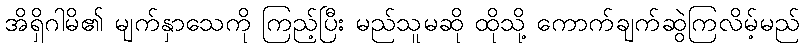
အိရှိဂါမိ၏ မျက်နှာသေကို ကြည့်ပြီး မည်သူမဆို ထိုသို့ ကောက်ချက်ဆွဲကြလိမ့်မည်